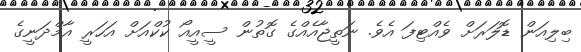
ބިލިއަން ޑޮލަރަށް ވެއްޓިފަ އެވެ. ނަތީޖާއެއްގެ ގޮތުން ސީއީއޯ ކުކްއަށް އަހަރީ އާމްދަނީގެ